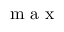
\mathrm { ~ m ~ a ~ x ~ }